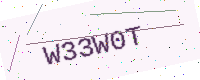
Text: W33W0T